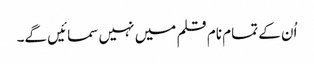
اُن کے تمام نام قلم میں نہیں سمائیں گے۔